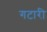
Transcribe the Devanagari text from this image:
गटारी